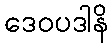
ဒေဝပဒါနိ